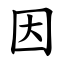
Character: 因